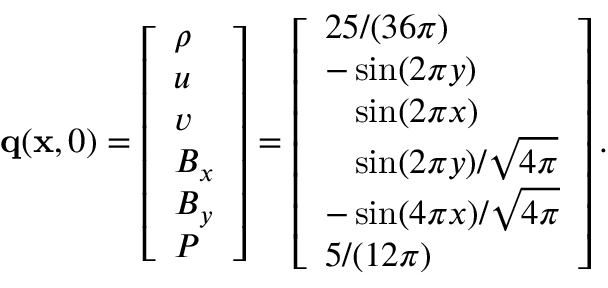
\mathbf { q } ( \mathbf { x } , 0 ) = \left[ \begin{array} { l } { \rho } \\ { u } \\ { v } \\ { B _ { x } } \\ { B _ { y } } \\ { P } \end{array} \right] = \left[ \begin{array} { l } { 2 5 / ( 3 6 \pi ) } \\ { - \sin ( 2 \pi y ) } \\ { \phantom { - } \sin ( 2 \pi x ) } \\ { \phantom { - } \sin ( 2 \pi y ) / \sqrt { 4 \pi } } \\ { - \sin ( 4 \pi x ) / \sqrt { 4 \pi } } \\ { 5 / ( 1 2 \pi ) } \end{array} \right] .